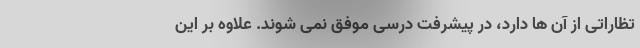
تظاراتی از آن ها دارد، در پیشرفت درسی موفق نمی شوند. علاوه بر این